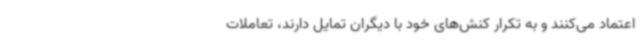
اعتماد می‌کنند و به تکرار کنش‌های خود با دیگران تمایل دارند، تعاملات